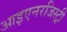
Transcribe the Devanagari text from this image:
आइएनरजिस्ट्री